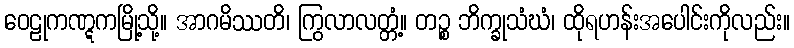
ဝေဠုကဏ္ဋကမြို့သို့။ အာဂမိဿတိ၊ ကြွလာလတ္တံ့။ တဉ္စ ဘိက္ခုသံဃံ၊ ထိုရဟန်းအပေါင်းကိုလည်း။